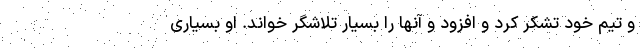
و تیم خود تشکر کرد و افزود و آنها را بسیار تلاشگر خواند. او بسیاری